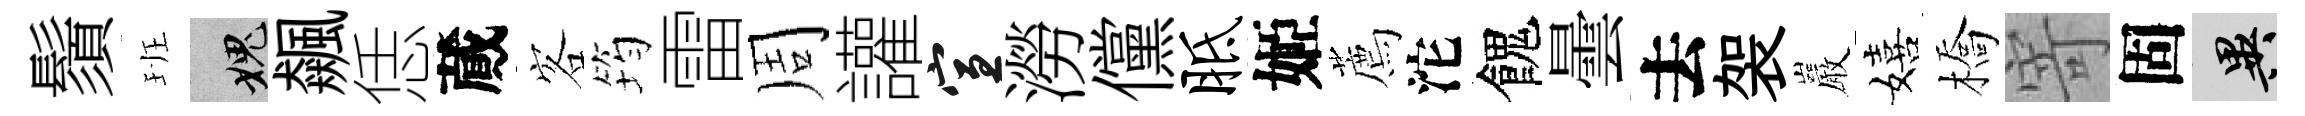
鬚班愧飆恁蕆客筠雷周讙宣澇儻胝姬薦沱餽曇去袈巖嬉橋寄固异